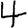
Digit: 4